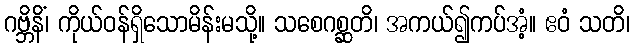
ဂဗ္ဘိနိံ၊ ကိုယ်ဝန်ရှိသောမိန်းမသို့။ သစေဂစ္ဆတိ၊ အကယ်၍ကပ်အံ့။ ဧဝံ သတိ၊